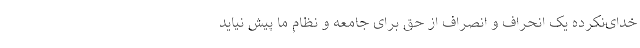
خدای‌نکرده یک انحراف و انصراف از حق برای جامعه و نظام ما پیش نیاید